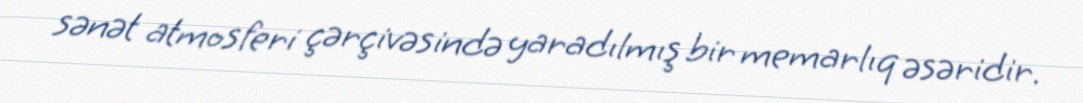
sənət atmosferi çərçivəsində yaradılmış bir memarlıq əsəridir.